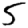
Digit: 5